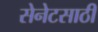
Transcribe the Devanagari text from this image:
सेनेटसाठी